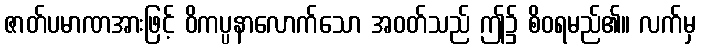
ဇာတ်ပမာဏအားဖြင့် ဝိကပ္ပနာလောက်သော အဝတ်သည် ဤ၌ စိဝရမည်၏။ လက်မှ